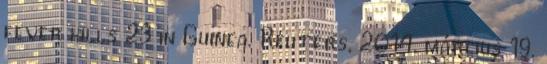
fever kills 23 in Guinea. Reuters, 2014. március 19.